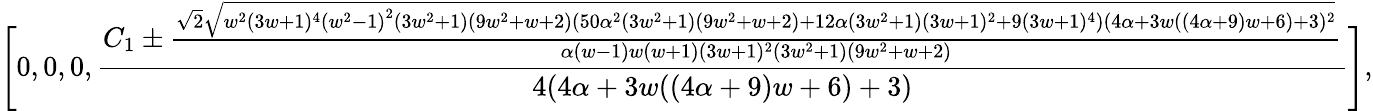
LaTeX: \Bigg[0,0,0,\frac{C_{1}\pm\frac{\sqrt{2}\sqrt{w^{2}(3w+1)^{4}\left(w^{2}-1\right)^{2}\left(3w^{2}+1\right)\left(9w^{2}+w+2\right)\left(50\alpha^{2}\left(3w^{2}+1\right)\left(9w^{2}+w+2\right)+12\alpha\left(3w^{2}+1\right)(3w+1)^{2}+9(3w+1)^{4}\right)(4\alpha+3w((4\alpha+9)w+6)+3)^{2}}}{\alpha(w-1)w(w+1)(3w+1)^{2}\left(3w^{2}+1\right)\left(9w^{2}+w+2\right)}}{4(4\alpha+3w((4\alpha+9)w+6)+3)}\Bigg],